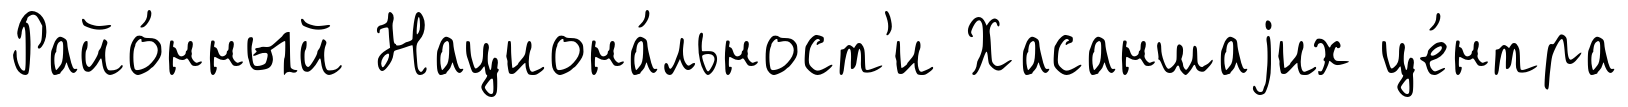
Райо́нный Национа́льност'и Хасаншаjих це́нтра